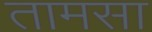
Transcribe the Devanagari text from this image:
तामसा